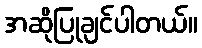
အဆိုပြုချင်ပါတယ်။